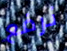
نرفع